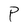
Character: P